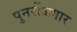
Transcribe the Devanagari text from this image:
पुनर्रोजगार